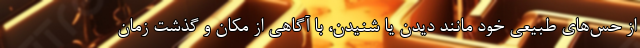
از حس‌های طبیعی خود مانند دیدن یا شنیدن، با آگاهی از مکان و گذشت زمان